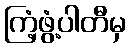
ကြံ့ဖွံ့ပါတီမှ